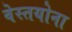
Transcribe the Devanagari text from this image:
वेस्तयोना